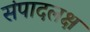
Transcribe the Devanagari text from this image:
संपादलक्ष